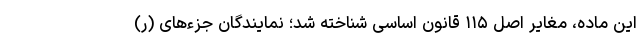
این ماده، مغایر اصل ۱۱۵ قانون اساسی شناخته شد؛ نمایندگان جزءهای (ر)